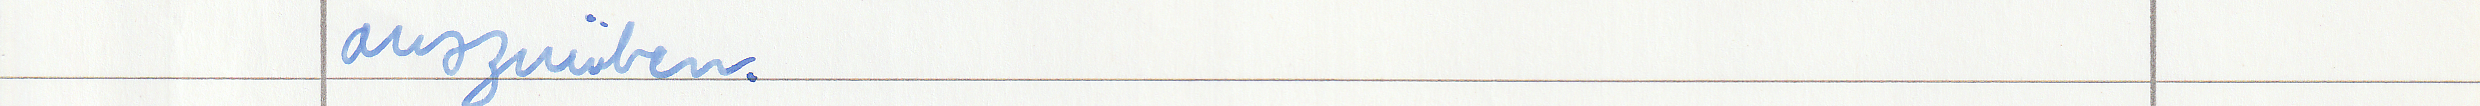
auszuüben.